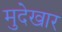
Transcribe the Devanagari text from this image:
मुदेखार